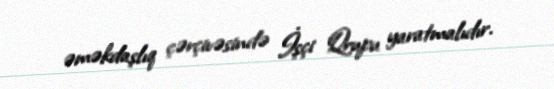
əməkdaşlıq çərçivəsində İşçi Qrupu yaratmalıdır.